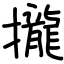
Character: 攏